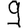
Digit: 9